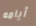
أيامه